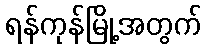
ရန်ကုန်မြို့အတွက်